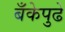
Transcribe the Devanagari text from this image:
बँकेपुढे